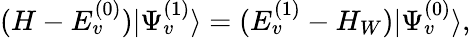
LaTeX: (H-E_{v}^{(0)})|\Psi_{v}^{(1)}\rangle=(E_{v}^{(1)}-H_{W})|\Psi_{v}^{(0)}\rangle,